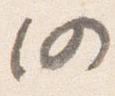
仍